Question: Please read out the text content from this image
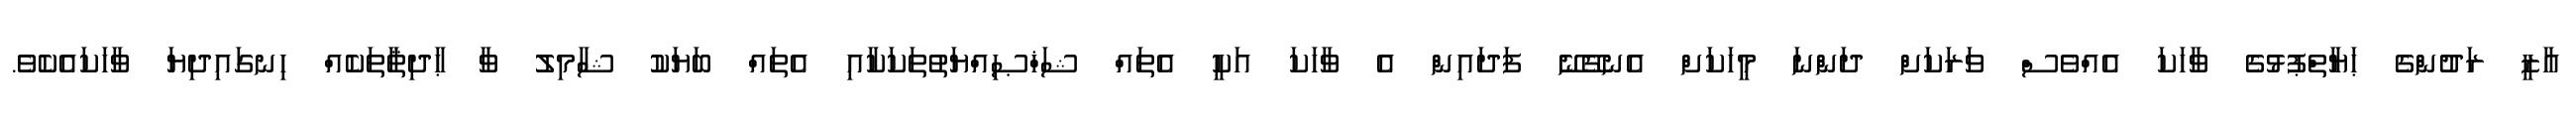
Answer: ޣާޒީ ރަދުންގެ ޙަޔާތްޕުޅުގެ ވާހަކަ އެއްވެސް ވަރަކަށް ދަންނަ މީހަކަށް އެނގޭނޭ ފަދައިން އެ ވާހަކަ އަކީ އެތައް ޝަޚްޞިއްޔަތުތަކަކާއި އެތައް ބަޔަކު ޝާމިލު ވާ ޙާދިޘާތަކެއް ހިނގައިދިޔަ ވާހަކައެކެވެ.